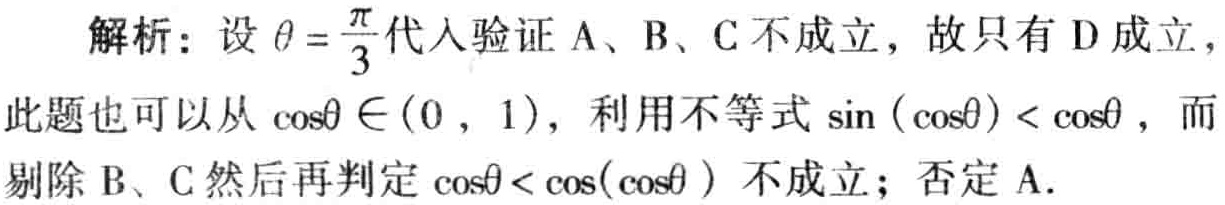
解析：设\(\theta = \frac{\pi}{3}\)代入验证A、B、C不成立，故只有D成立，此题也可以从\(\cos\theta \in (0, 1)\)，利用不等式\(\sin(\cos\theta) < \cos\theta\)，而剔除B、C然后再判定\(\cos\theta < \cos(\cos\theta)\)不成立；否定A.